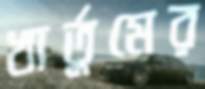
খার্তুমের